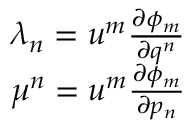
\begin{array} { c } { \lambda _ { n } = u ^ { m } \frac { \partial \phi _ { m } } { \partial q ^ { n } } } \\ { \mu ^ { n } = u ^ { m } \frac { \partial \phi _ { m } } { \partial p _ { n } } } \end{array}